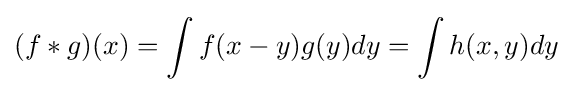
(f*g)(x)=\int f(x-y)g(y)dy=\int h(x,y)dy